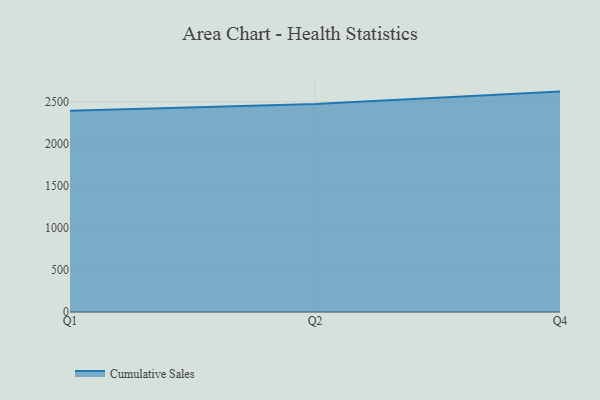
{"axis": {"x": "Quarter", "y": "Latency (ms)"}, "legend": ["Cumulative Sales"], "data": [{"x": "Q1", "y": 2390.8, "type": "Cumulative Sales"}, {"x": "Q2", "y": 2471.2, "type": "Cumulative Sales"}, {"x": "Q4", "y": 2618.9, "type": "Cumulative Sales"}]}